Annual administration and progress report of the Indian Medical Department, Bombay
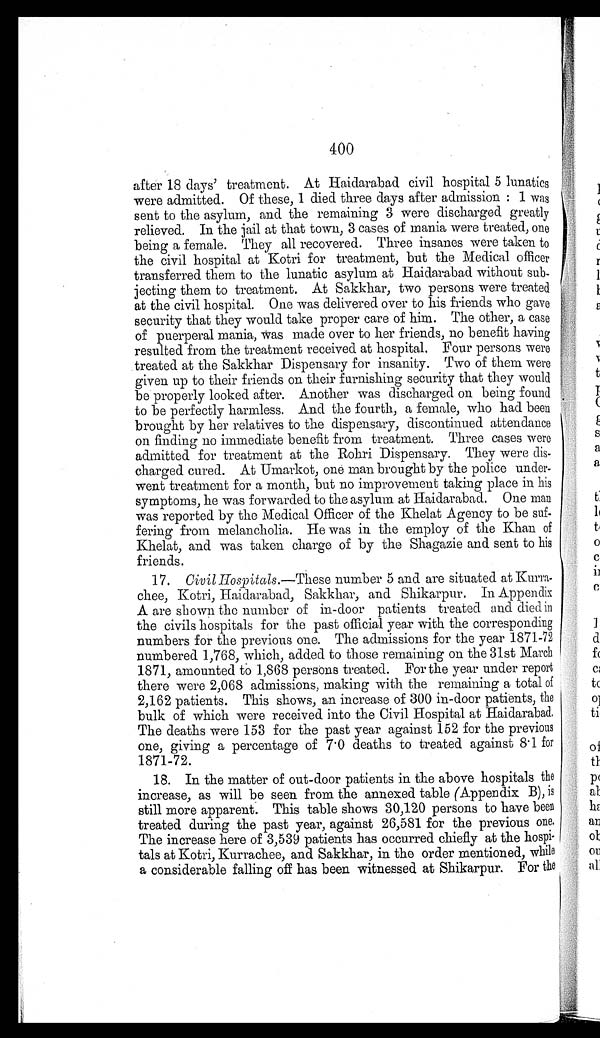
400
after 18 days' treatment. At Haidarabad civil hospital 5 lunatics
were admitted. Of these, 1 died three days after admission : 1 was
sent to the asylum, and the remaining 3 were discharged greatly
relieved. In the jail at that town, 3 cases of mania were treated, one
being a female. They all recovered. Three insanes were taken to
the civil hospital at Kotri for treatment, but the Medical officer
transferred them to the lunatic asylum at Haidarabad without sub
- j e c t i n g t h e m t o t r e a t m e n t . A t S a k k h a r , t w o p e r s o n s w e r e t r e a t e d
at the civil hospital. One was delivered over to his friends who gave
security that they would take proper care of him. The other, a case
of puerperal mania, was made over to her friends, no benefit having
resulted from the treatment received at hospital. Four persons were
treated at the Sakkhar Dispensary for insanity. Two of them were
given up to their friends on their furnishing security that they would
be properly looked after. Another was discharged on being found
to be perfectly harmless. And the fourth, a female, who had been
brought by her relatives to the dispensary, discontinued attendance
on finding no immediate benefit from treatment. Three cases were
admitted for treatment at the Rohri Dispensary. They were dis
-charged cured. At Umarkot, one man brought by the police under
- w e n t t r e a t m e n t f o r a m o n t h , b u t n o i m p r o v e m e n t t a k i n g p l a c e i n h i s
symptoms, he was forwarded to the asylum at Haidarabad. One man
was reported by the Medical Officer of the Khelat Agency to be suf-
fering from melancholia. He was in the employ of the Khan of
Khelat, and was taken charge of by the Shagazie and sent to his
friends.
17. Civil Hospitals.—These number 5 and are situated at Kurra
- c h e e , K o t r i , H a i d a r a b a d , S a k k h a r , a n d S h i k a r p u r . I n A p p e n d i x
A are shown the number of in-door patients treated and died in
the civils hospitals for the past official year with the corresponding
numbers for the previous one. The admissions for the year 1871-72
numbered 1,768, which, added to those remaining on the 31st March
1871, amounted to 1,868 persons treated. For the year under report
there were 2,068 admissions, making with the remaining a total of
2,162 patients. This shows, an increase of 300 in-door patients, the
bulk of which were received into the Civil Hospital at Haidarabad.
The deaths were 153 for the past year against 152 for the previous
one, giving a percentage of 7.0 deaths to treated against 8.1 for
1871-72.
18. In the matter of out-door patients in the above hospitals the
increase, as will be seen from the annexed table (Appendix B), is
still more apparent. This table shows 30,120 persons to have been
treated during the past year, against 26,581 for the previous one.
The increase here of 3,539 patients has occurred chiefly at the hospi
- t a l s a t K o t r i , K u r r a c h e e , a n d S a k k h a r , i n t h e o r d e r m e n t i o n e d , w h i l e
a considerable falling off has been witnessed at Shikarpur. For the